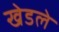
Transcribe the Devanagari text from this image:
खेडले